Annual administration report of the Civil Veterinary Department of India - 1895-1896
Year: 1895
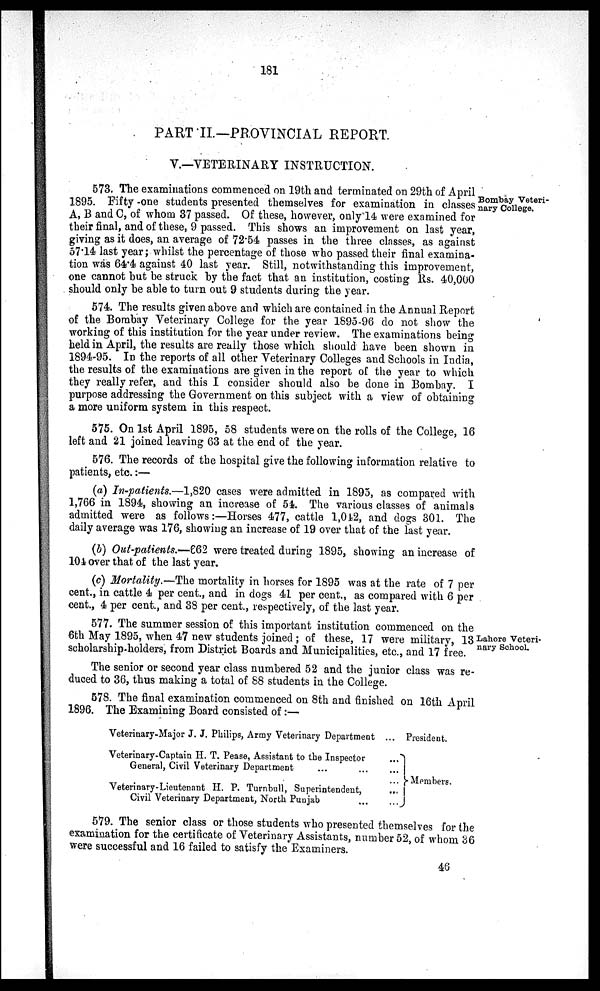
181
PART II.—PROVINCIAL REPORT.
V.—VETERINARY INSTRUCTION.
Bombay Veteri-
nary College.
573. The examinations commenced on 19th and terminated on 29th of April
1895. Fifty -one students presented themselves for examination in classes
A, B and C, of whom 37 passed. Of these, however, only 14 were examined for
their final, and of these, 9 passed. This shows an improvement on last year,
giving as it does, an average of 72.54 passes in the three classes, as against
57.14 last year; whilst the percentage of those who passed their final examina-
tion was 64.4 against 40 last year. Still, notwithstanding this improvement,
one cannot but be struck by the fact that an institution, costing Rs. 40,000
should only be able to turn out 9 students during the year.
574. The results given above and which are contained in the Annual Report
of the Bombay Veterinary College for the year 1895-96 do not show the
working of this institution for the year under review. The examinations being
held in April, the results are really those which should have been shown in
1894-95. In the reports of all other Veterinary Colleges and Schools in India,
the results of the examinations are given in the report of the year to which
they really refer, and this I consider should also be done in Bombay. I
purpose addressing the Government on this subject with a view of obtaining
a more uniform system in this respect.
575. On 1st April 1895, 58 students were on the rolls of the College, 16
left and 21 joined leaving 63 at the end of the year.
576. The records of the hospital give the following information relative to
patients, etc.:—
(a) In-patients.—1,820 cases were admitted in 1895, as compared with
1,766 in 1894, showing an increase of 54. The various classes of animals
admitted were as follows:—Horses 477, cattle 1,042, and dogs 301. The
daily average was 176, showing an increase of 19 over that of the last year.
(b) Out-patients.—662 were treated during 1895, showing an increase of
104 over that of the last year.
(c) Mortality.—The mortality in horses for 1895 was at the rate of 7 per
cent., in cattle 4 per cent., and in dogs 41 per cent., as compared with 6 per
cent., 4 per cent., and 38 per cent., respectively, of the last year.
Lahore Veteri-
nary School.
577. The summer session of this important institution commenced on the
6th May 1895, when 47 new students joined; of these, 17 were military, 13
scholarship-holders, from District Boards and Municipalities, etc., and 17 free.
The senior or second year class numbered 52 and the junior class was re-
duced to 36, thus making a total of 88 students in the College.
578. The final examination commenced on 8th and finished on 16th April
1896. The Examining Board consisted of:—
Veterinary-Major J. J. Philips, Army Veterinary Department
Veterinary-Captain H. T. Pease, Assistant to the Inspector
General, Civil Veterinary Department ... ...
Veterinary-Lieutenant H. P. Turnbull, Superintendent,
Civil Veterinary Department, North Punjab ...
...
...
... ...
...
...
President.
Members.
579. The senior class or those students who presented themselves for the
examination for the certificate of Veterinary Assistants, number 52, of whom 36
were successful and 16 failed to satisfy the Examiners.
46